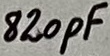
Text: 820pF